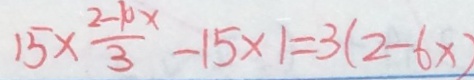
1 5 \times \frac { 2 - 1 0 x } { 3 } - 1 5 \times 1 = 3 ( 2 - 6 x )